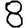
Digit: 8